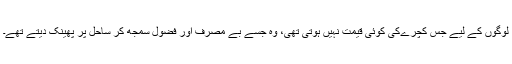
لوگوں کے لیے جس کچرےکی کوئی قیمت نہیں ہوتی تھی، وہ جسے بے مصرف اور فضول سمجھ کر ساحل پر پھینک دیتے تھے۔